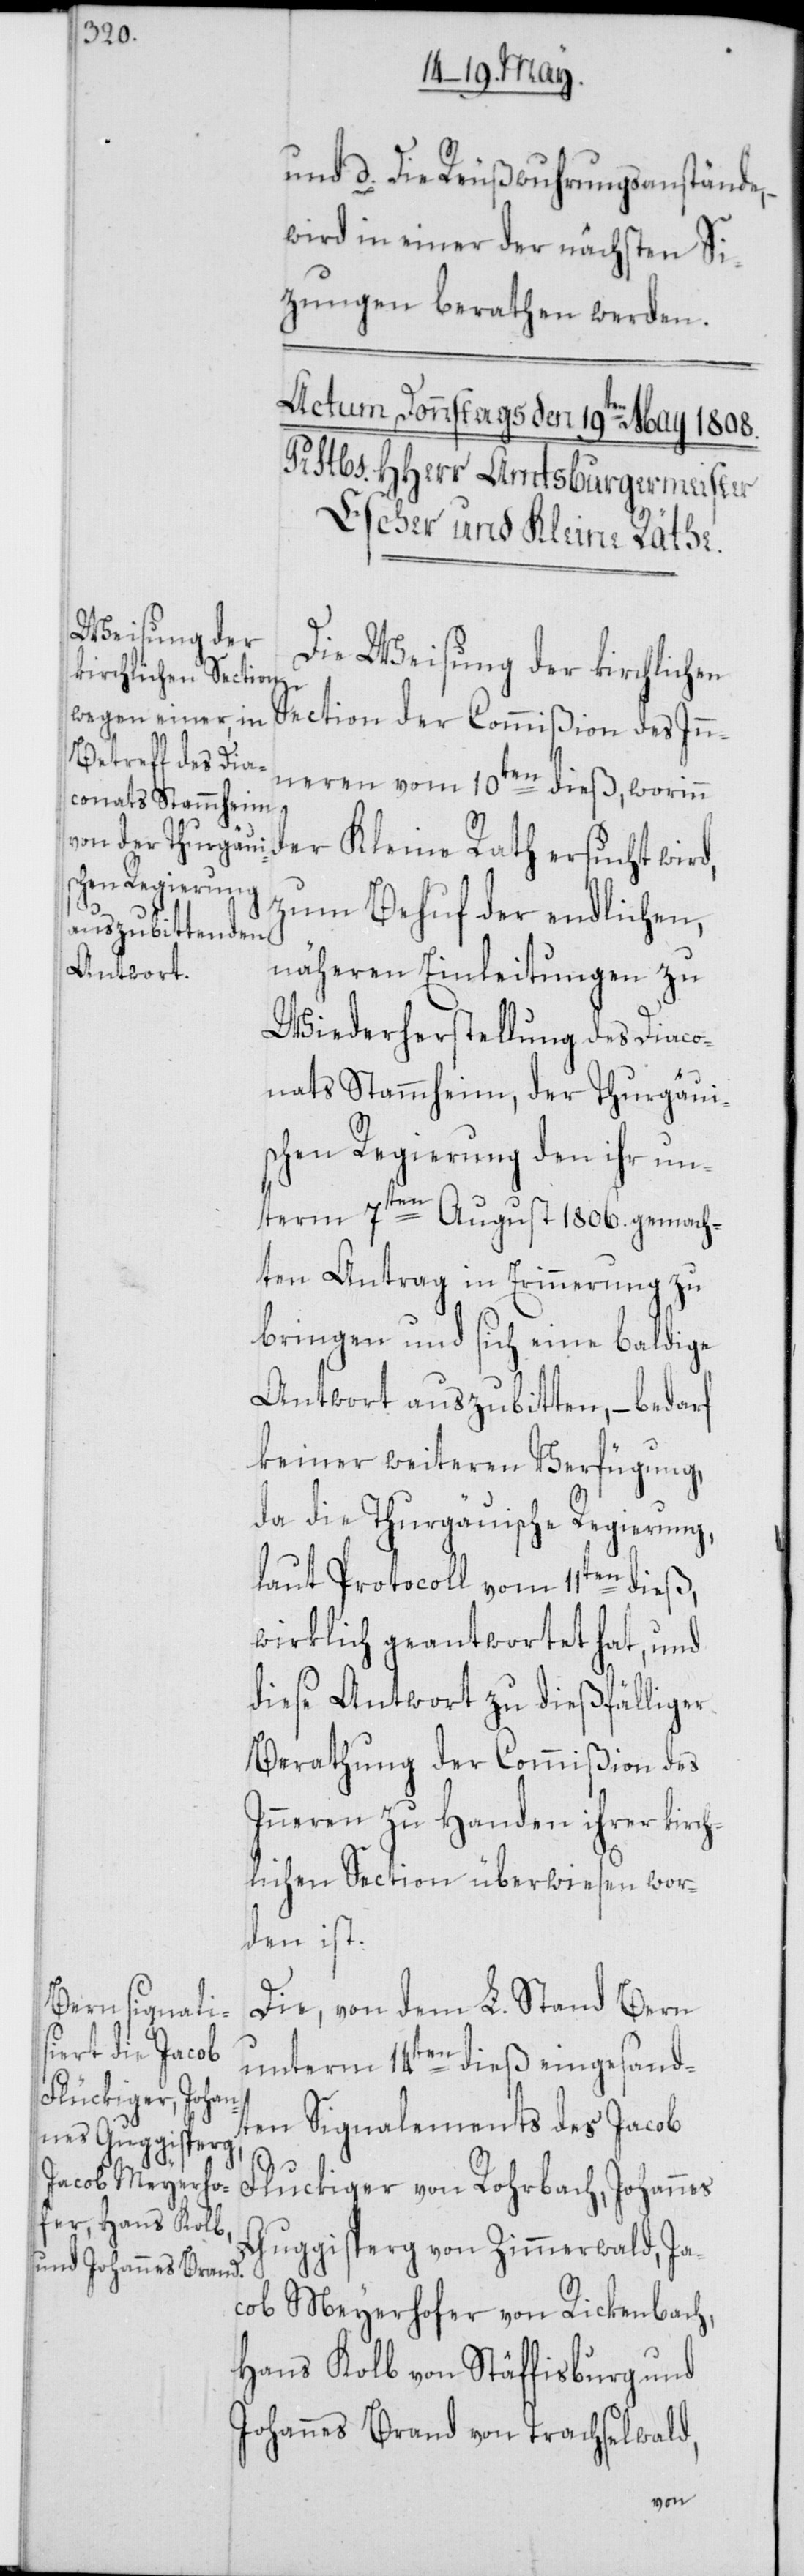
und d. Die Reußwuhrungsanstände,
wird in einer der nächsten Si¬
tzungen berathen werden.
Die Weisung der kirchlichen
Section der Commißion des In¬
neren vom 10ten dieß, wor¬
inn der Kleine Rath ersucht wird,
zum Behuf der endlichen,
näheren Einleitungen zu
Wiederherstellung des Diaco¬
nats Stammheim, der Thurgäuis¬
chen Regierung den ihr un¬
term 7ten August 1806. gemach¬
ten Antrag in Erinnerung zu
bringen und sich eine baldige
Antwort auszubitten, – bedarf
keiner weiteren Verfügung,
da die Thurgäuische Regierung,
laut Protocoll vom 11ten dieß,
wirklich geantwortet hat, und
diese Antwort zu dießfälliger
Berathung der Commißion des
Inneren zu Handen ihrer kirch¬
lichen Section überwiesen wor¬
den ist.
Die, von dem L. Stand Bern
unterm 14ten dieß eingesand¬
Fluckiger [sic!]
ten Signalements des Jacob
Guggisperg von Zimmerwald, Ja¬
cob Meyerhofer von Rickenbach,
Hans Kolb von Stäffisburg und
Johannes Brand von Trachselwald,
von